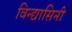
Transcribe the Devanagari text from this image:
विन्द्यासिनी